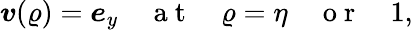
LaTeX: \boldsymbol{v}(\varrho)=\boldsymbol{e}_{y}\quad\mathrm{~a~t~}\quad\varrho=\eta\quad\mathrm{~o~r~}\quad 1,